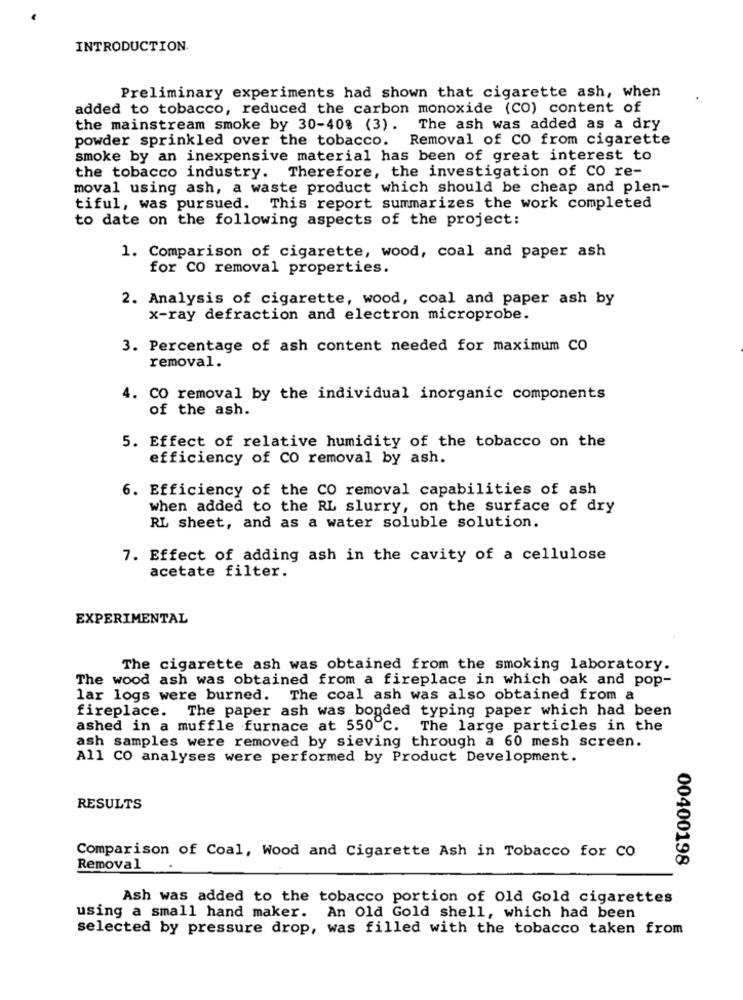
INTRODUCTION.
Preliminary experiments had shown that cigarette ash, when
added to tobacco, reduced the carbon monoxide (CO) content of
the mainstream smoke by 30-40% (3). The ash was added as a dry
powder sprinkled over the tobacco. Removal of CO from cigarette
smoke by an inexpensive material has been of great interest to
the tobacco industry. Therefore, the investigation of CO re-
moval using ash, a waste product which should be cheap and plen-
tiful, was pursued.
This report summarizes the work completed
to date on the following aspects of the project:
1. Comparison of cigarette, wood, coal and paper ash
for CO removal properties.
2. Analysis of cigarette, wood, coal and paper ash by
x-ray defraction and electron microprobe.
3. Percentage of ash content needed for maximum CO
removal.
4. CO removal by the individual inorganic components
of the ash.
5. Effect of relative humidity of the tobacco on the
efficiency of CO removal by ash.
6. Efficiency of the CO removal capabilities of ash
when added to the RL slurry, on the surface of dry
RL sheet, and as a water soluble solution.
7. Effect of adding ash in the cavity of a cellulose
acetate filter.
EXPERIMENTAL
The cigarette ash was obtained from the smoking laboratory.
The wood ash was obtained from a fireplace in which oak and pop-
lar logs were burned. The coal ash was also obtained from a
fireplace. The paper ash was bogded typing paper which had been
ashed in a muffle furnace at 550 ℃. The large particles in the
ash samples were removed by sieving through a 60 mesh screen.
All CO analyses were performed by Product Development.
RESULTS
Comparison of Coal, Wood and Cigarette Ash in Tobacco for CO
00400198
Removal
Ash was added to the tobacco portion of Old Gold cigarettes
using a small hand maker. An Old Gold shell, which had been
selected by pressure drop, was filled with the tobacco taken from